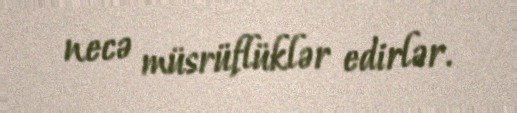
necə müsrüflüklər edirlər.